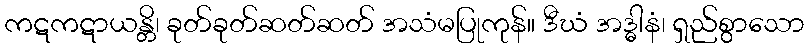
ကဋကဋာယန္တိ၊ ခုတ်ခုတ်ဆတ်ဆတ် အသံမပြုကုန်။ ဒီဃံ အဒ္ဓါနံ၊ ရှည်စွာသော